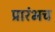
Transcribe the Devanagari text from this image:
प्रारंभच